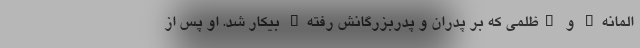
المانه" و "ظلمی که بر پدران و پدربزرگانش رفته" بیکار شد. او پس از